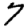
Digit: 7